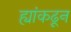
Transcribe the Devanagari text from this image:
ह्यांकढून